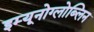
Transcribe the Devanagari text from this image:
इम्यूनोग्लोब्लिन